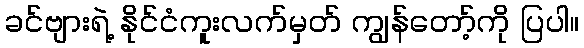
ခင်ဗျားရဲ့ နိုင်ငံကူးလက်မှတ် ကျွန်တော့်ကို ပြပါ။